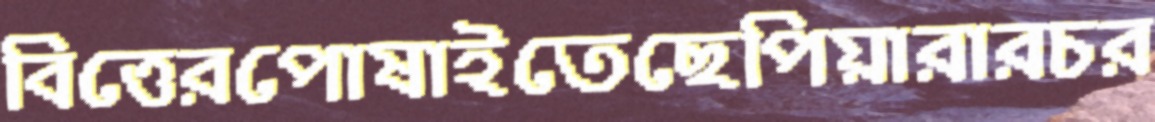
বিত্তেরপোষাইতেছেপিয়ারারচর